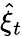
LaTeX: \hat{\xi}_{t}